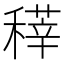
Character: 䅸